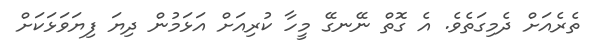
ތެރެއަށް ދެމިގަތެވެ. އެ ގޮތް ނޭނގޭ މީހާ ކުރިއަށް އަޅަމުން ދިޔަ ފިޔަވަޅަކަށް